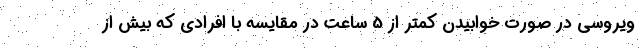
ویروسی در صورت خوابیدن کمتر از 5 ساعت در مقایسه با افرادی که بیش از